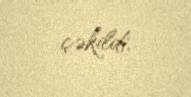
çəkildi.